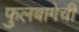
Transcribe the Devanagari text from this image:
फुलबागेची